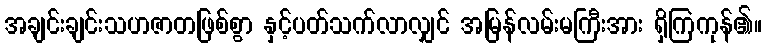
အချင်းချင်းသဟဇာတဖြစ်စွာ နှင့်ပတ်သက်လာလျှင် အမြန်လမ်းမကြီးအား ရှိကြကုန်၏။